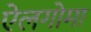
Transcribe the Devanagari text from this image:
ऐलगोमा